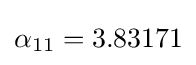
\alpha _{11}=3.83171